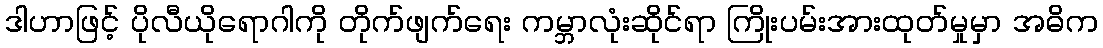
ဒါဟာဖြင့် ပိုလီယိုရောဂါကို တိုက်ဖျက်ရေး ကမ္ဘာလုံးဆိုင်ရာ ကြိုးပမ်းအားထုတ်မှုမှာ အဓိက